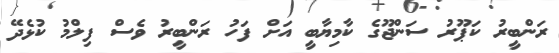
ރަންބީރު ކަޕޫރު ސަންޖޫގެ ކާމިޔާބީ އަށް ފަހު ރަންބީރު ވެސް ފިލްމު ކުޅެދޭ